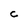
Character: C